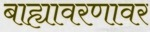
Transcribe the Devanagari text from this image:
बाह्यावरणावर